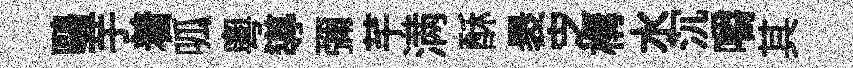
鷗芋着呱粵導彌芊满酥褁㝎構水沉嚼其